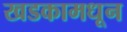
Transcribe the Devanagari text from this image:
खडकामधून